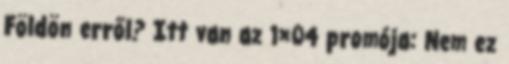
Földön erről? Itt van az 1×04 promója: Nem ez